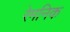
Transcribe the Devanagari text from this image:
रेमनिक